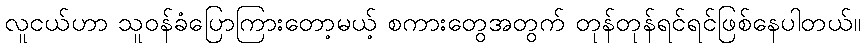
လူငယ်ဟာ သူဝန်ခံပြောကြားတော့မယ့် စကားတွေအတွက် တုန်တုန်ရင်ရင်ဖြစ်နေပါတယ်။